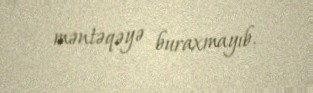
məntəqəyə buraxmayıb.